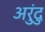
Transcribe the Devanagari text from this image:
अरुंदु